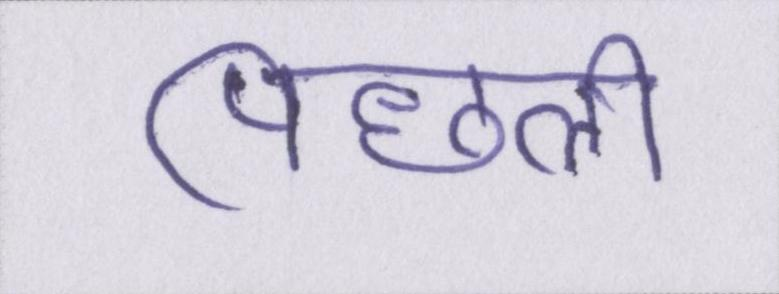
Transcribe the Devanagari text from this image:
पिछली